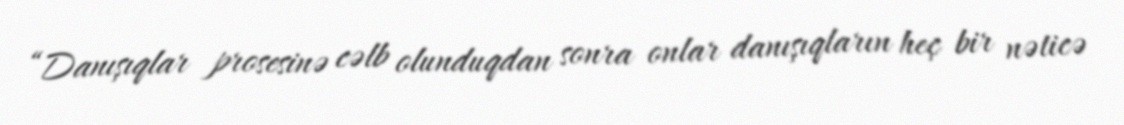
“Danışıqlar prosesinə cəlb olunduqdan sonra onlar danışıqların heç bir nəticə